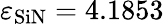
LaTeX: \varepsilon_{\mathrm{SiN}}=4.1853